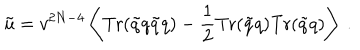
\tilde { u } = v ^ { 2 N - 4 } \left\langle \mathrm { T r } ( \tilde { q } q \tilde { q } q ) - { \frac { 1 } { 2 } } \mathrm { T r } ( \tilde { q } q ) \mathrm { T r } ( \tilde { q } q ) \right\rangle \ .